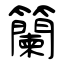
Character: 籣